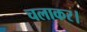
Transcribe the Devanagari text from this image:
चलाकर।